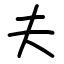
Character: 夫